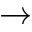
\rightarrow